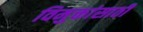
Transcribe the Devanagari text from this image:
विमुक्तांसाठी